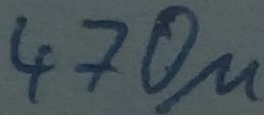
Text: 470µ